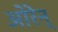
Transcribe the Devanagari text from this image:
ओरेन्